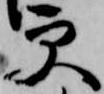
更